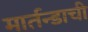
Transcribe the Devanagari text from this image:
मार्तन्डाची